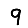
Digit: 9